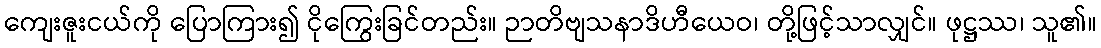
ကျေးဇူးငယ်ကို ပြောကြား၍ ငိုကြွေးခြင်တည်း။ ဉာတိဗျသနာဒိဟီယေဝ၊ တို့ဖြင့်သာလျှင်။ ဖုဋ္ဌဿ၊ သူ၏။